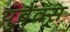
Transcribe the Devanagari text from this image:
युबैंक्स